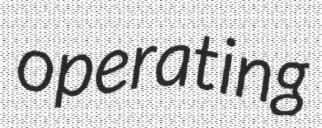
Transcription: operating